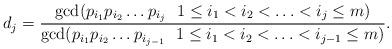
LaTeX: \begin{align*}d_j = \frac{\gcd(p_{i_1}p_{i_2}\ldots p_{i_j}\ \ 1\le i_1 < i_2 < \ldots < i_j \le m)}{\gcd(p_{i_1}p_{i_2}\ldots p_{i_{j-1}}\ \ 1\le i_1 < i_2 < \ldots < i_{j-1} \le m)}.\end{align*}